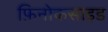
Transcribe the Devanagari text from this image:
फ़िनोकसाइड